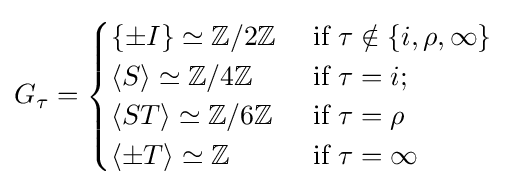
G_{\tau }={\begin{cases}\{\pm I\}\simeq \mathbb {Z} /2\mathbb {Z} &{\text{ if }}\tau \notin \{i,\rho ,\infty \}\\\langle S\rangle \simeq \mathbb {Z} /4\mathbb {Z} &{\text{ if }}\tau =i;\\\langle ST\rangle \simeq \mathbb {Z} /6\mathbb {Z} &{\text{ if }}\tau =\rho \\\langle \pm T\rangle \simeq \mathbb {Z} &{\text{ if }}\tau =\infty \end{cases}}